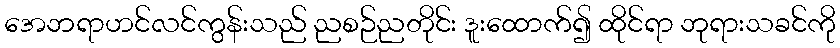
အေဘရာဟင်လင်ကွန်းသည် ညစဉ်ညတိုင်း ဒူးထောက်၍ ထိုင်ရာ ဘုရားသခင်ကို